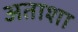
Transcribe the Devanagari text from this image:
अताशा